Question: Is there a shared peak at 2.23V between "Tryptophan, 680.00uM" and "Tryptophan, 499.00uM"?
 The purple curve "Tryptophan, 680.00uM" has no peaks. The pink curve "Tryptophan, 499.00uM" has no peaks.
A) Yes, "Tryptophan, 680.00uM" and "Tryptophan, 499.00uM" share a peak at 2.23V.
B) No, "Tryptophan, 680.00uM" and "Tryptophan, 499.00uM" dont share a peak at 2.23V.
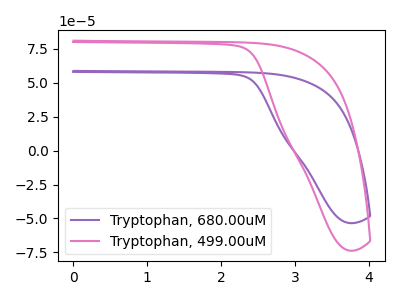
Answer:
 <answer>B) No, "Tryptophan, 680.00uM" and "Tryptophan, 499.00uM" dont share a peak at 2.23V.</answer>
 <eval>B</eval>